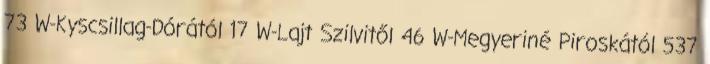
73 W-Kyscsillag-Dórától 17 W-Lajt Szilvitől 46 W-Megyeriné Piroskától 537